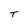
Character: T